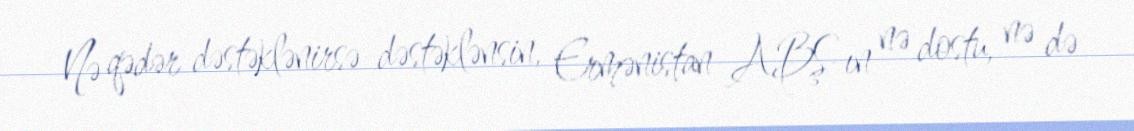
Nə qədər dəstəklənirsə-dəstəklənsin, Ermənistan ABŞ-ın nə dostu, nə də